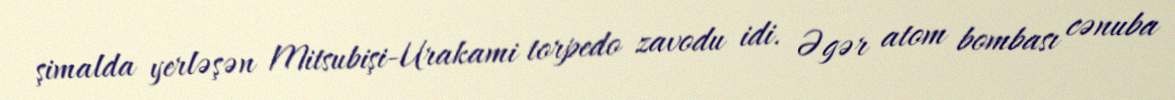
şimalda yerləşən Mitsubişi-Urakami torpedo zavodu idi. Əgər atom bombası cənuba